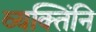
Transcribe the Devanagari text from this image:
व्यक्तिंनि